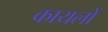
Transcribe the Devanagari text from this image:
कायलों